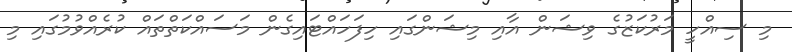
މި ސިއްހީ މަރުކަޒުގެ ވިޝަން އާއި މިޝަންގައި ހިފަހައްޓައިގެން މަސައްކަތްތައް ކުރެއްވުމުގައި މި